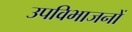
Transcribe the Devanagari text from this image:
उपविभाजनों